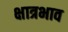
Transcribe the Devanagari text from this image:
क्षात्रभाव